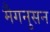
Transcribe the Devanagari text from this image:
मैगनुसन